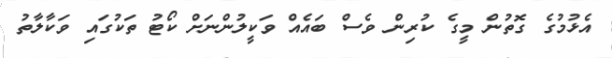
އެޅުމުގެ ގޮތުން މީގެ ކުރިން ވެސް ބައެއް ވަކީލުންނަށް ކޯޓު ތަކުގައި ވަކާލާތު